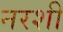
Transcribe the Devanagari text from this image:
नरशी